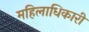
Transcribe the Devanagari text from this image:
महिलाधिकारी